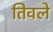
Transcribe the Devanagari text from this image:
तिवले